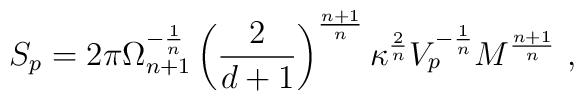
S_{p}=2\pi \Omega _{n+1}^{-\frac{1}{n}}    \left( \frac{2}{d+1}\right)^{\frac{n+1}{n}}    \kappa^{\frac{2}{n}}V_{p}^{-\frac{1}{n}}M^{\frac{n+1}{n}}~,